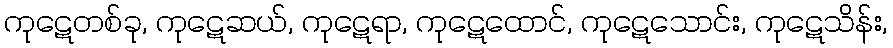
ကုဋေတစ်ခု, ကုဋေဆယ်, ကုဋေရာ, ကုဋေထောင်, ကုဋေသောင်း, ကုဋေသိန်း,